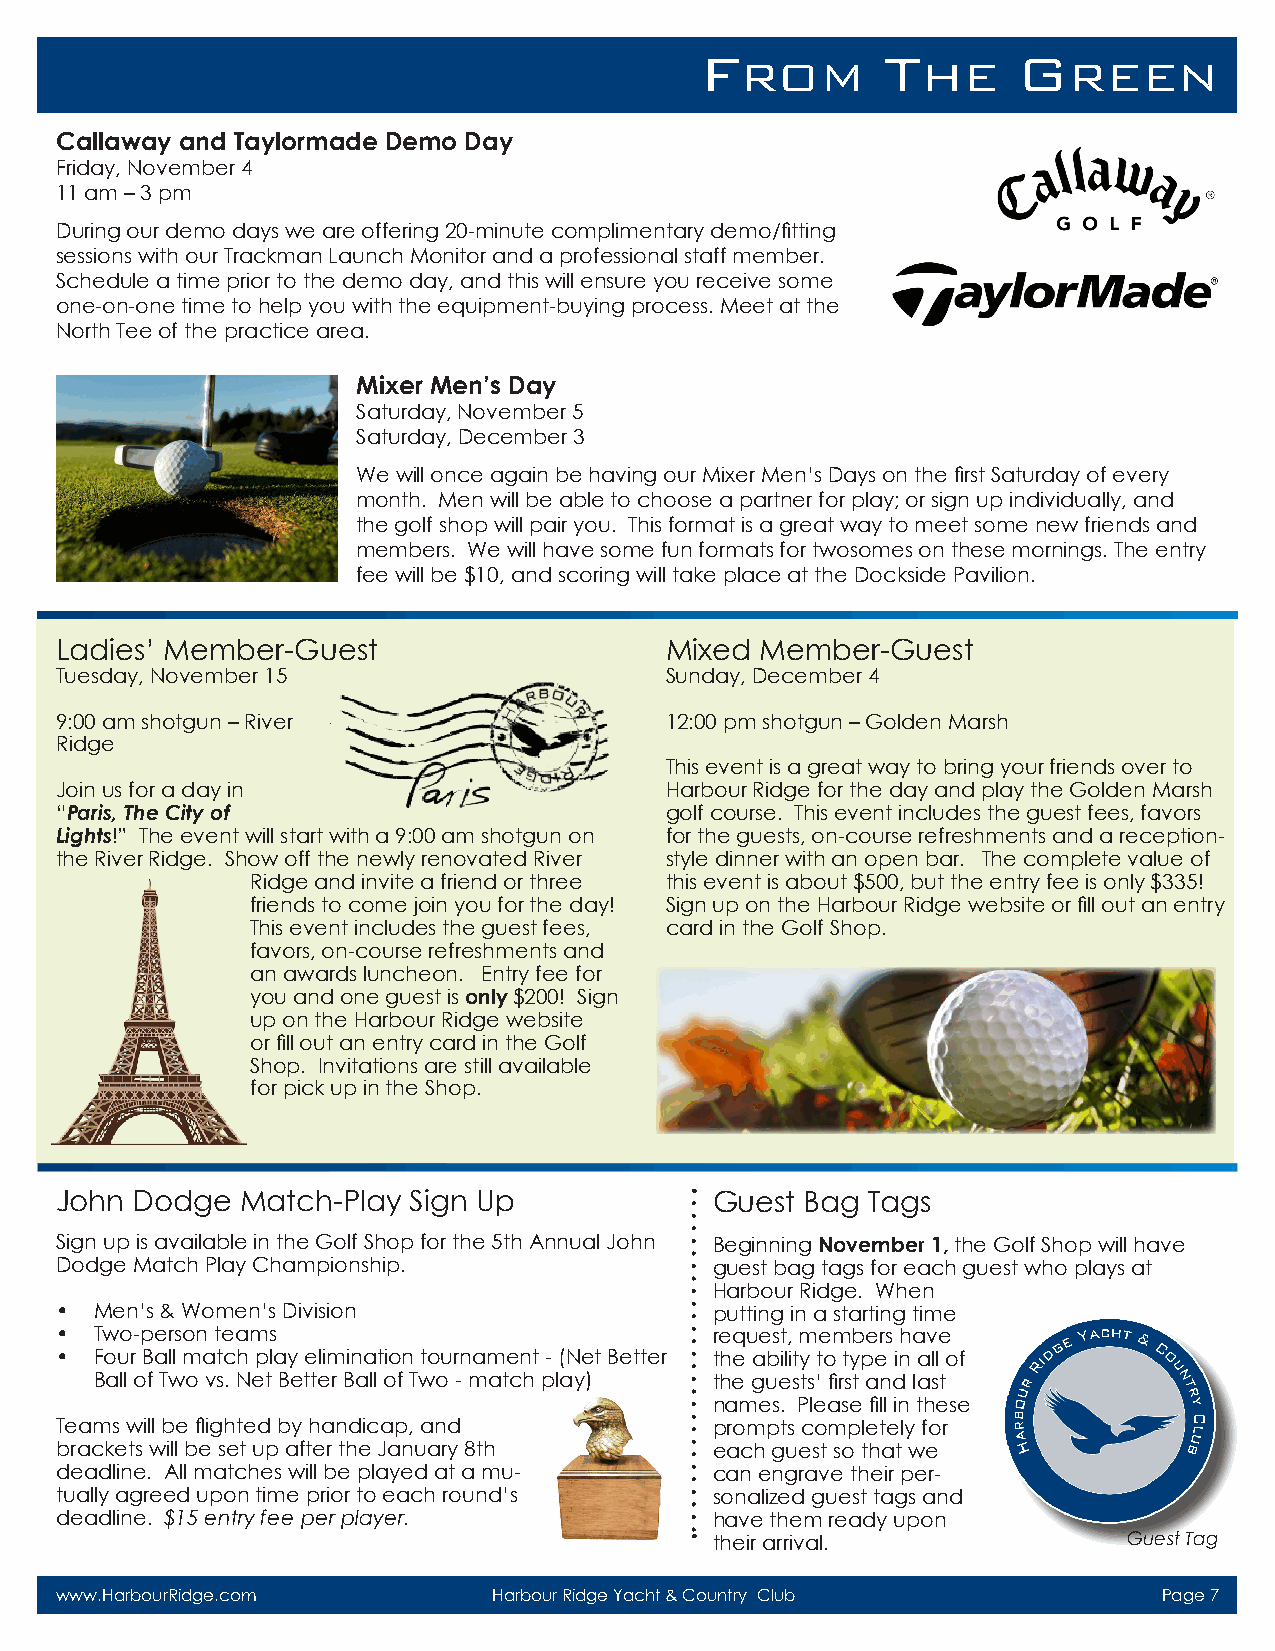
F            T       G
 ROM         HE        REEN
 Callaway and Taylormade Demo Day
 Friday, November 4
 11 am – 3 pm
 During our demo days we are offering 20-minute complimentary demo/fitting
 sessions with our Trackman Launch Monitor and a professional staff member.
 Schedule a time prior to the demo day, and this will ensure you receive some
 one-on-one time to help you with the equipment-buying process. Meet at the
 North Tee of the practice area.
 Mixer Men’s Day
 Saturday, November 5
 Saturday, December 3
 We will once again be having our Mixer Men’s Days on the first Saturday of every
 month. Men will be able to choose a partner for play; or sign up individually, and
 the golf shop will pair you. This format is a great way to meet some new friends and
 members. We will have some fun formats for twosomes on these mornings. The entry
 fee will be $10, and scoring will take place at the Dockside Pavilion.
 Ladies’ Member-Guest                    Mixed Member-Guest
 Tuesday, November 15                    Sunday, December 4
 9:00 am shotgun – River                 12:00 pm shotgun – Golden Marsh
 Ridge
 This event is a great way to bring your friends over to
 Join us for a day in                    Harbour Ridge for the day and play the Golden Marsh
 “Paris, The City of                     golf course. This event includes the guest fees, favors
 Lights!” The event will start with a 9:00 am shotgun on for the guests, on-course refreshments and a reception-
 the River Ridge. Show off the newly renovated River style dinner with an open bar. The complete value of
 Ridge and invite a friend or three this event is about $500, but the entry fee is only $335!
 friends to come join you for the day! Sign up on the Harbour Ridge website or fill out an entry
 This event includes the guest fees, card in the Golf Shop.
 favors, on-course refreshments and
 an awards luncheon. Entry fee for
 you and one guest is only $200! Sign
 up on the Harbour Ridge website
 or fill out an entry card in the Golf
 Shop. Invitations are still available
 for pick up in the Shop.
 John Dodge  Match-Play Sign Up             Guest Bag Tags
 Sign up is available in the Golf Shop for the 5th Annual John Beginning November 1, the Golf Shop will have
 Dodge Match Play Championship.             guest bag tags for each guest who plays at
 Harbour Ridge. When
 • Men’s & Women’s Division                 putting in a starting time
 • Two-person teams                         request, members have
 • Four Ball match play elimination tournament - (Net Better the ability to type in all of
 Ball of Two vs. Net Better Ball of Two - match play) the guests’ first and last
 names. Please fill in these
 Teams will be flighted by handicap, and    prompts completely for
 brackets will be set up after the January 8th each guest so that we
 deadline. All matches will be played at a mu- can engrave their per-
 tually agreed upon time prior to each round’s sonalized guest tags and
 deadline. $15 entry fee per player.        have them ready upon
 their arrival.              Guest Tag
 www.HarbourRidge.com         Harbour Ridge Yacht & Country Club          Page 7